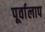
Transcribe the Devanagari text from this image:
पूर्वालाप